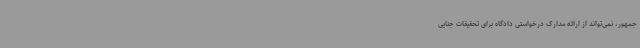
جمهور، نمی‌تواند از ارائه مدارک درخواستی دادگاه برای تحقیقات جنایی